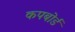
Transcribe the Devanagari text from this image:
कपबोर्ड